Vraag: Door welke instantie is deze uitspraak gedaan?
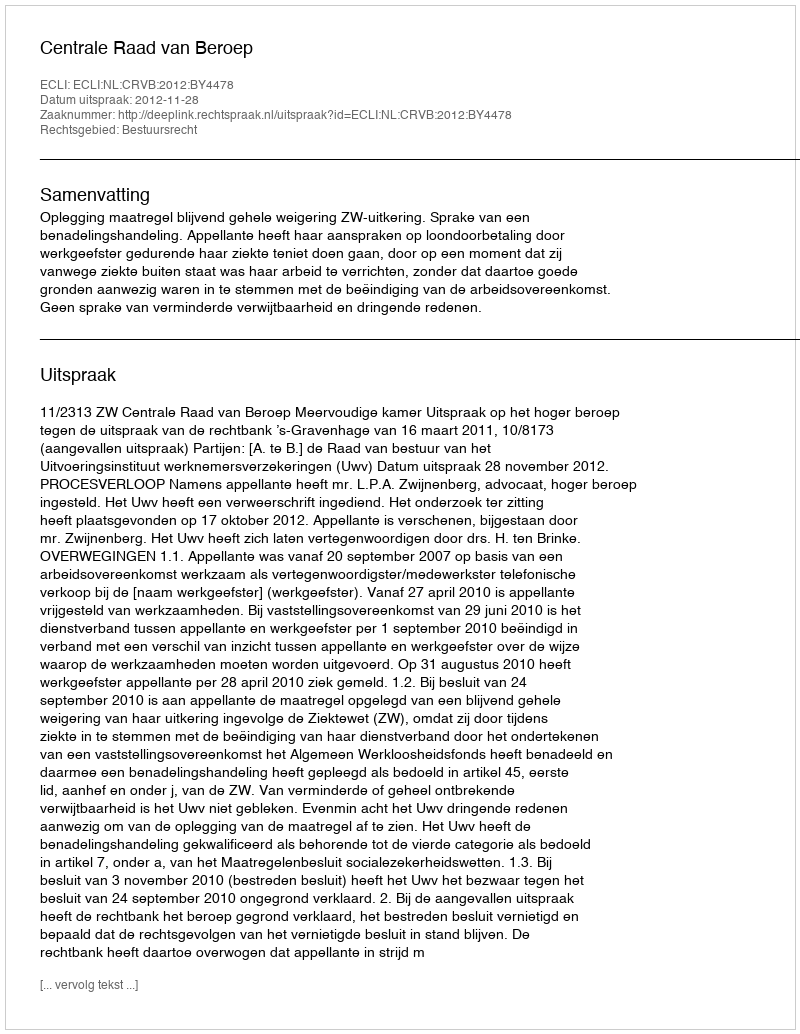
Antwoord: Centrale Raad van Beroep